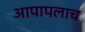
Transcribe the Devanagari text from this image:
आपापलाच